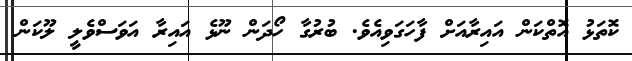
ކޮތަޅު އޮތްކަން އައިރާއަށް ފާހަގަވިއެވެ. ބުރުގާ ހޯދަން ނޫޅެ އައިރާ އަވަސްވެލީ ލޫކަން